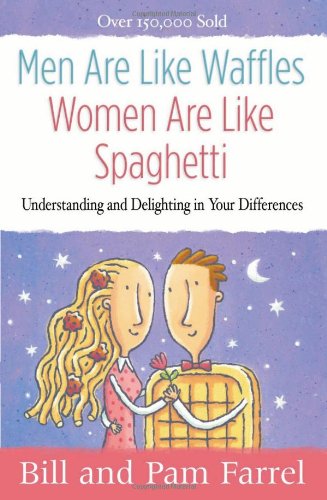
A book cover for Men Are Like Waffles--Women Are Like Spaghetti: Understanding and Delighting in Your Differences; Bill Farrel; Parenting & Relationships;